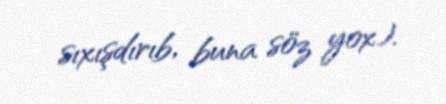
sıxışdırıb, buna söz yox).